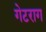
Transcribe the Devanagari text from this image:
गेटराग